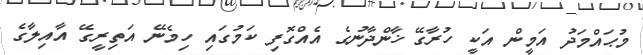
މުޙައްމަދު އަމީން އަކީ ހުރާގޭ ޚާންދާނުގެ އެއްގޮފި ކަމުގައި ހިމެނޭ އަތިރީގޭ އާއިލާގެ